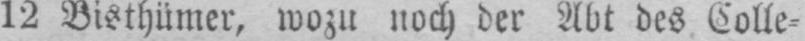
12 Bisthümer, wozu noch der Abt des Colle⸗